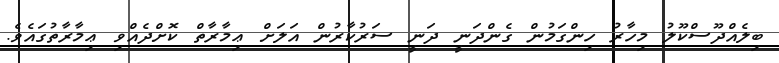
ބިލެއްދޫސްކޫލު މިހާރު ހިންގަމުން ގެންދަނީ ދަނީ ސަރުކާރުން އަލަށް ޢިމާރާތް ކޮށްދެއްވި ޢިމާރާތުގައެވެ.